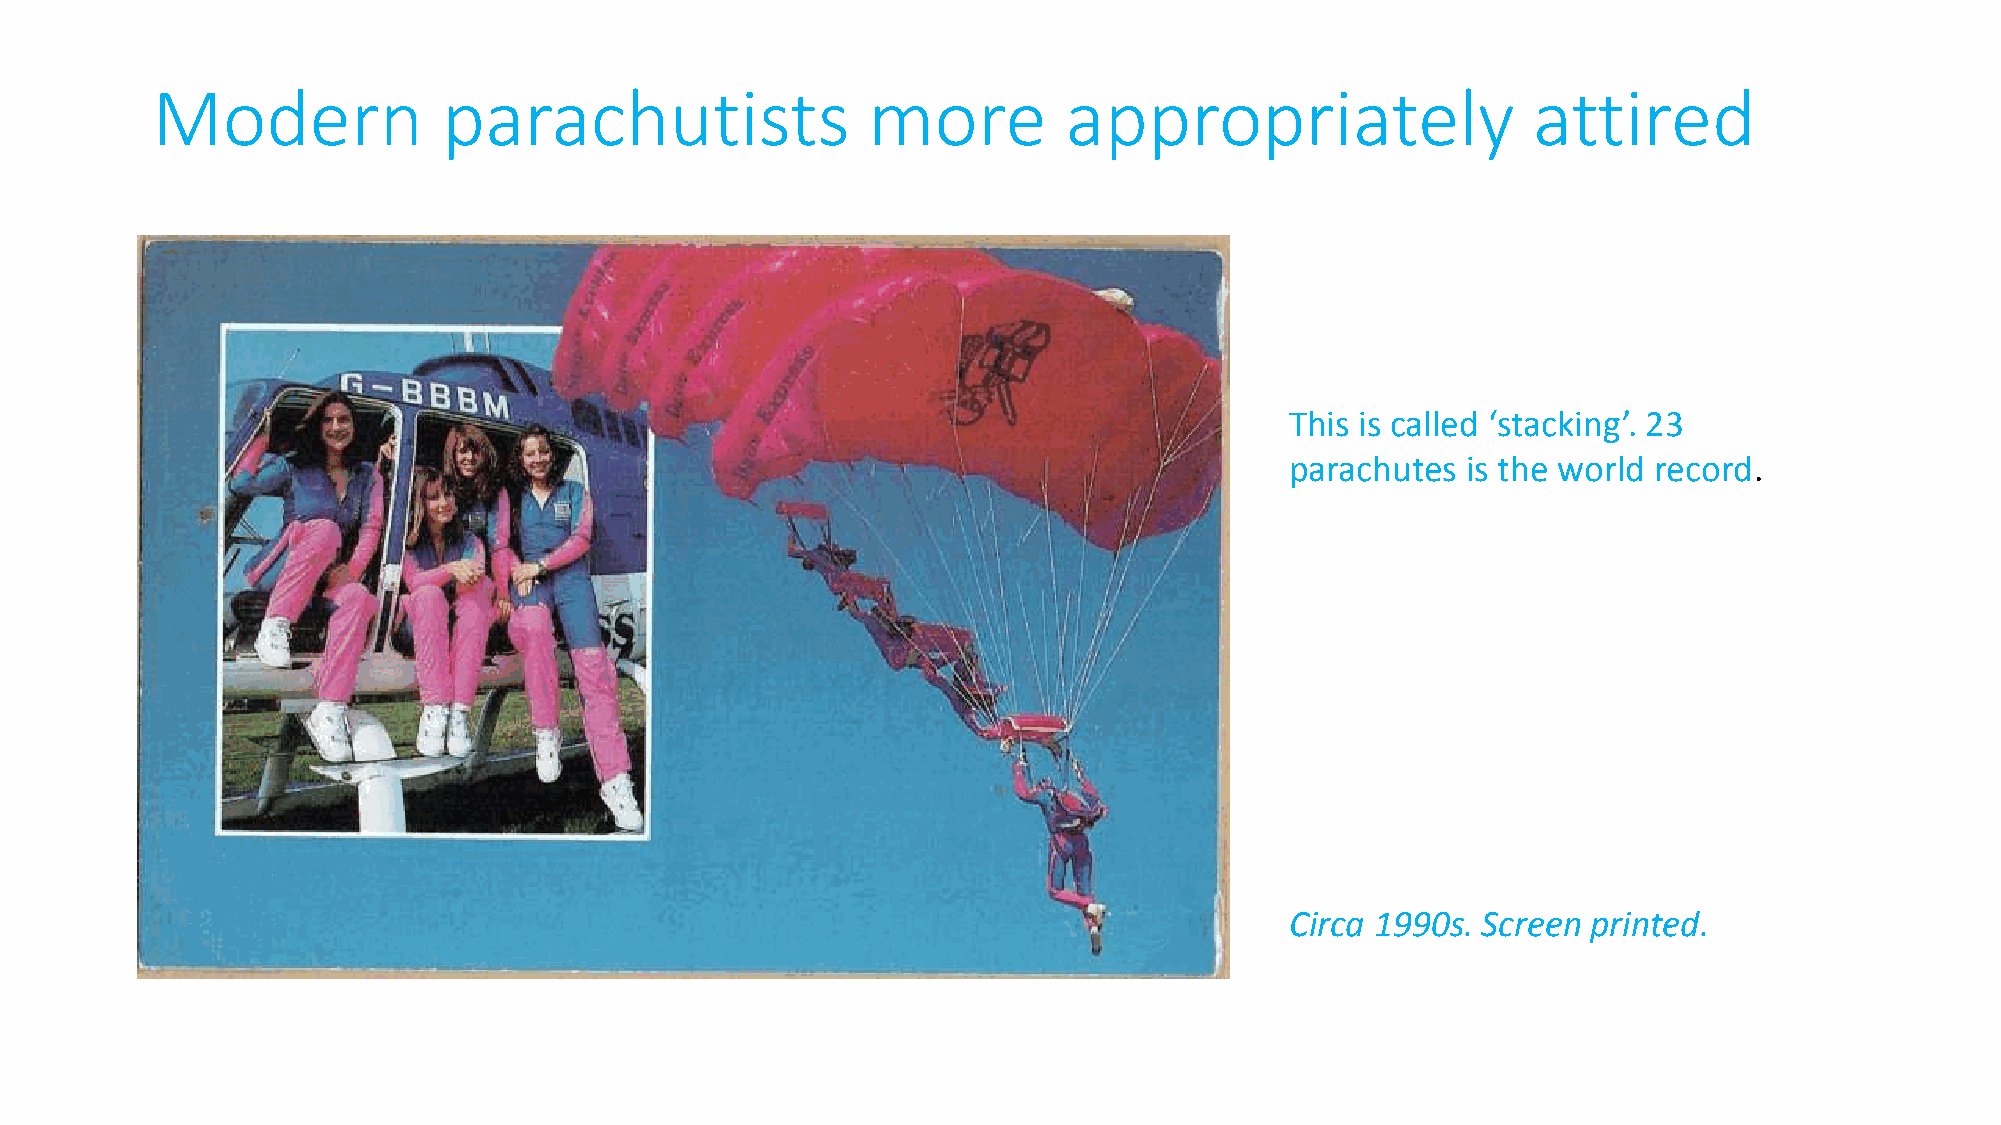
Modern             parachutists                more          appropriately                 attired
 This is called ‘stacking’. 23
 parachutes  is the world record.
 Circa 1990s. Screen printed.